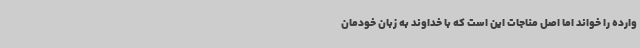
وارده را خواند اما اصل مناجات این است که با خداوند به زبان خودمان